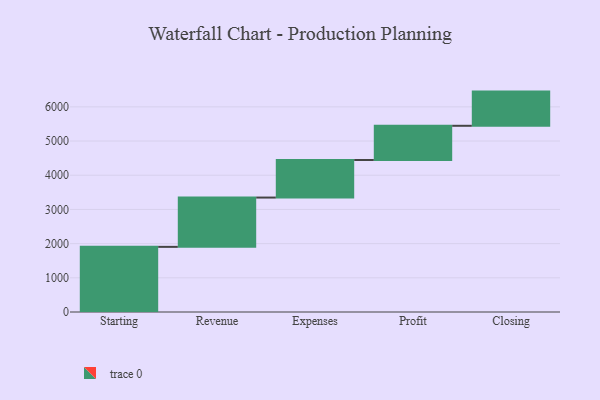
{"axis": {"x": "Step", "y": "Value"}, "legend": [""], "data": [{"x": "Starting", "y": 1905.0, "type": ""}, {"x": "Revenue", "y": 1442.0, "type": ""}, {"x": "Expenses", "y": 1099.0, "type": ""}, {"x": "Profit", "y": 1000, "type": ""}, {"x": "Closing", "y": 1000, "type": ""}]}